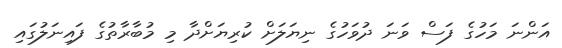
އަންނަ މަހުގެ ފަސް ވަނަ ދުވަހުގެ ނިޔަލަށް ކުރިޔަށްދާ މި މުބާރާތުގެ ފައިނަލުގައި